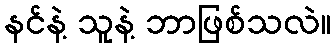
နင်နဲ့ သူနဲ့ ဘာဖြစ်သလဲ။